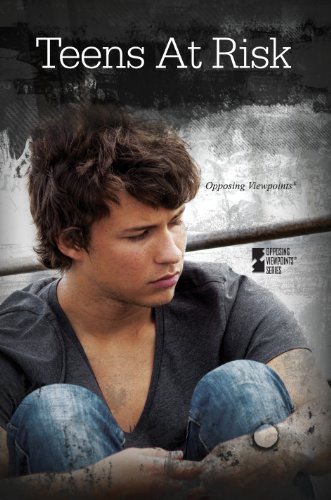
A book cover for Teens at Risk (Opposing Viewpoints); Stephen P. Thompson; Teen & Young Adult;